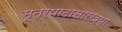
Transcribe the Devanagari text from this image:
सूत्रपाठासारख्या